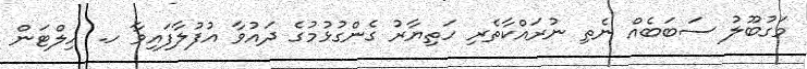
މަގުބޫލު ސަބަބެއް ނެތި ނުރައްކާތެރި ހަތިޔާރު ގެންގުޅުމުގެ ދައުވާ އުފުލާފައިވާ ހ. ހިލްޓަން